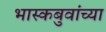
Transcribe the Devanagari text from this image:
भास्कबुवांच्या